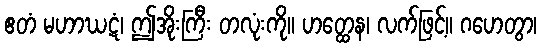
ဧတံ မဟာဃဋံ၊ ဤအိုးကြီး တလုံးကို။ ဟတ္ထေန၊ လက်ဖြင့်။ ဂဟေတွာ၊